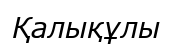
Қалықұлы